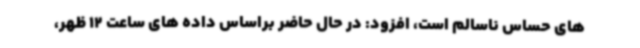
های حساس ناسالم است، افزود: در حال حاضر براساس داده های ساعت 12 ظهر،